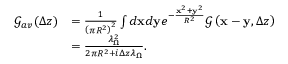
\begin{array} { r l } { \mathcal { G } _ { a v } ( \Delta z ) } & { = \frac { 1 } { \left( \pi R ^ { 2 } \right) ^ { 2 } } \int d \mathbf { x } d \mathbf { y } e ^ { - \frac { \mathbf { x } ^ { 2 } + \mathbf { y } ^ { 2 } } { R ^ { 2 } } } \mathcal { G } \left( \mathbf { x } - \mathbf { y } , \Delta z \right) } \\ & { = \frac { \lambda _ { \Omega } ^ { 2 } } { 2 \pi R ^ { 2 } + i \Delta z \lambda _ { \Omega } } . } \end{array}